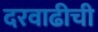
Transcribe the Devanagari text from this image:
दरवाढीची